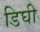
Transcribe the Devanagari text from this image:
डिघी